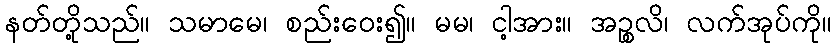
နတ်တို့သည်။ သမာမေ၊ စည်းဝေး၍။ မမ၊ ငါ့အား။ အဉ္စလိ၊ လက်အုပ်ကို။